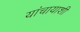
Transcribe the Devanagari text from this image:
यांचायाशी